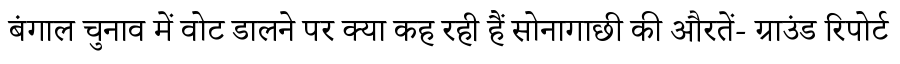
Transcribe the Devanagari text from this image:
बंगाल चुनाव में वोट डालने पर क्या कह रही हैं सोनागाछी की औरतें- ग्राउंड रिपोर्ट